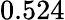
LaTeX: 0.524